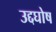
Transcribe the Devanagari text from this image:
उद्दघोष